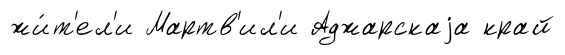
жи́т'ел'и Мартв'ил'и Аджарскаjа край